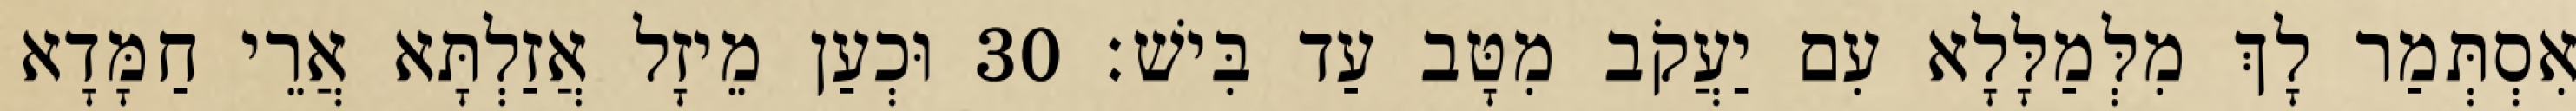
אִסְתְּמַר לָךְ מִלְּמַלָּלָא עִם יַעֲקֹב מִטָּב עַד בִּישׁ׃ 30 וּכְעַן מֵיזָל אֲזַלְתָּא אֲרֵי חַמָּדָא